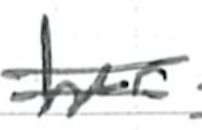
Text: her
Cross-out: double-line
Writing tool: ballpoint